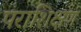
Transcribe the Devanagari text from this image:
पराशिक्षण